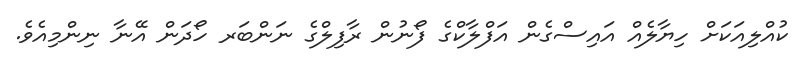
ކުއްލިއަކަށް ހިޔާލެއް އައިސްގެން އަފްލާކްގެ ފޯނުން ރާފިލްގެ ނަންބަރ ހޯދަން އޭނާ ނިންމިއެވެ.